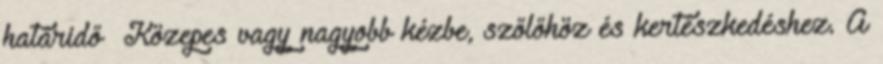
határidő Közepes vagy nagyobb kézbe, szőlőhöz és kertészkedéshez. A